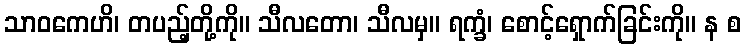
သာဝကေဟိ၊ တပည့်တို့ကို။ သီလတော၊ သီလမှ။ ရက္ခံ၊ စောင့်ရှောက်ခြင်းကို။ န စ